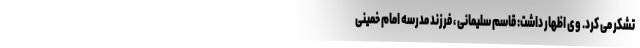
تشکر می کرد. وی اظهار داشت: قاسم سلیمانی ، فرزند مدرسه امام خمینی